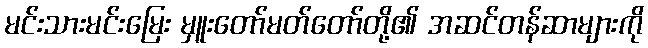
မင်းသားမင်းမြေး မှူးတော်မတ်တော်တို့၏ အဆင်တန်ဆာများကို